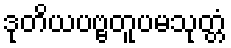
ဒုတိယပဗ္ဗတူပမသုတ္တံ